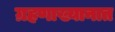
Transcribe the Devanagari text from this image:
ग्रहणाख्यानात